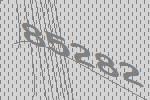
85282